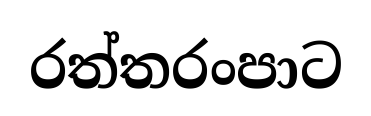
රත්තරංපාට